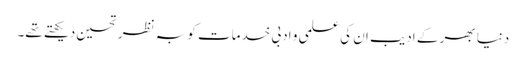
دنیا بھر کے ادیب ان کی علمی و ادبی خدمات کو بہ نظر تحسین دیکھتے تھے۔